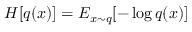
H [ q ( x ) ] = E _ { x \sim q } [ - \log q ( x ) ]